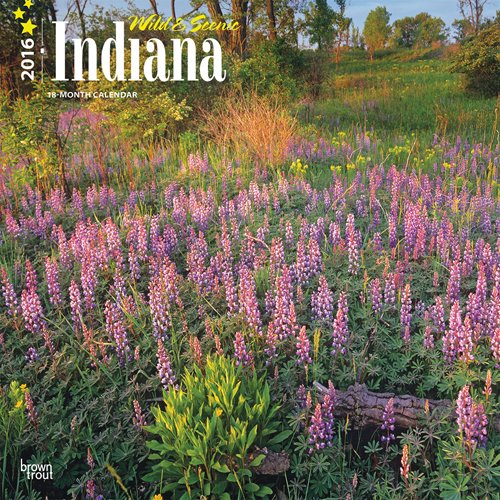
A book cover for Indiana, Wild & Scenic 2016 Square 12x12; Browntrout Publishers; Calendars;